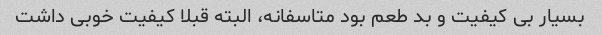
بسیار بی کیفیت و بد طعم بود متاسفانه، البته قبلا کیفیت خوبی داشت